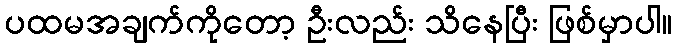
ပထမအချက်ကိုတော့ ဦးလည်း သိနေပြီး ဖြစ်မှာပါ။